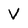
Character: V